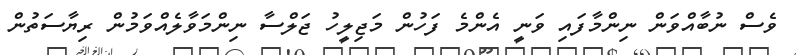
ވެސް ނުބާއްވަން ނިންމާފައި ވަނީ އެންމެ ފަހުން މަޖިލީހު ޖަލްސާ ނިންމަވާލެއްވަމުން ރިޔާސަތުން